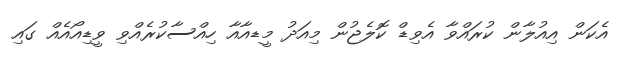
އެކަން އިއުލާން ކުރައްވާ އެވިޑް ކޮލެޖުން މިއަދު މީޑއާއާ ހިއްސާކުރެއްވި ވީޑިއޯއެއް ގައި